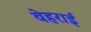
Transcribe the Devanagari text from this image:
वेहराई